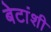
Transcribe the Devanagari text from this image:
बेटांशी